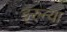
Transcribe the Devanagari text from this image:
इरुन्या